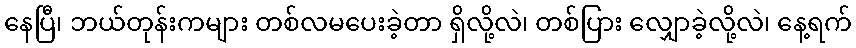
နေပြီ၊ ဘယ်တုန်းကများ တစ်လမပေးခဲ့တာ ရှိလို့လဲ၊ တစ်ပြား လျှောခဲ့လို့လဲ၊ နေ့ရက်